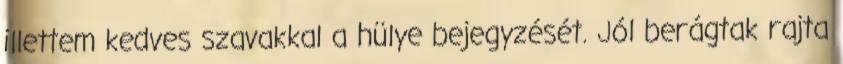
illettem kedves szavakkal a hülye bejegyzését. Jól berágtak rajta